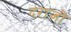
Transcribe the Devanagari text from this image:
दराजों